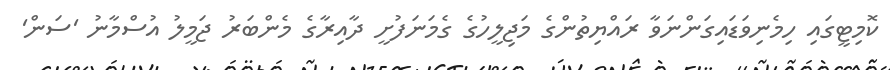
ކޮމިޓީގައި ހިމެނިވަޑައިގަންނަވާ ރައްޔިތުންގެ މަޖިލީހުގެ ގެމަނަފުށީ ދާއިރާގެ މެންބަރު ޖަމީލު އުސްމާނު 'ސަން'